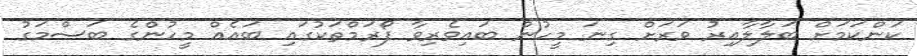
ކަންކަމަށް ބަލާލާއިރު ވަރަށް ގިނަ މީހުން ބައިވެރިވާ ފޯރަމްތަކުގައި ބައެއް މީހުންގެ ބަސްމަގު